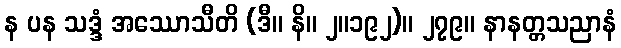
န ပန သဒ္ဒံ အဿောသီတိ (ဒီ။ နိ။ ၂။၁၉၂)။ ၂၇၉။ နာနတ္တသညာနံ